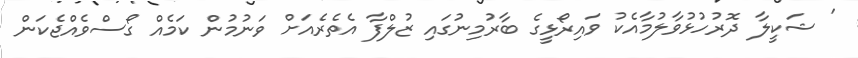
' ޝަކީލާ ދޮރުހުޅުވާލުމާއެކު ވައިރޯޅީގެ ބާރުމިނުގައި ޒުލްފާ އެތެރެއަށް ވަނުމުން ކަމެއް ގޯސްވެއްޖެކަން